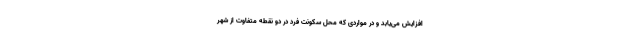
افزایش می‌یابد و در مواردی که محل سکونت فرد در دو نقطه متفاوت از شهر